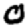
Digit: 0